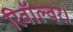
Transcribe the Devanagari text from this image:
रिवॉल्वर।